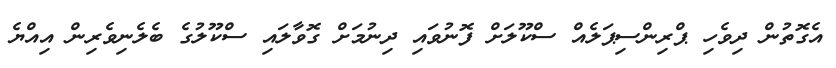
އެގޮތުން ދިވެހި ޕްރިންސިޕަލެއް ސްކޫލަށް ފޮނުވައި ދިނުމަށް ގޮވާލައި ސްކޫލުގެ ބެލެނިވެރިން އިއްޔެ